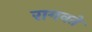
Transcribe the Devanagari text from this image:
रागवते